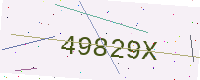
Text: 49829X